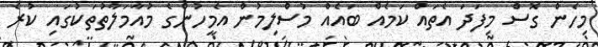
މިހެން ގޮސް މިފަދަ އެތައް ކަމެއް ބައެއް މުސްލިމުން އެމީހުންގެ މުއާމަލާތުތަކުގައި ކުރެ